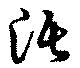
沃